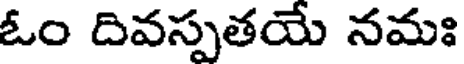
ఓం దివస్పతయే నమః